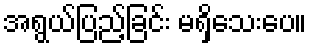
အရွယ်ပြည့်ခြင်း မရှိသေးပေ။